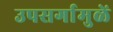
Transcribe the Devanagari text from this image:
उपसर्गामुळें